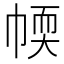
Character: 𢃾